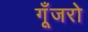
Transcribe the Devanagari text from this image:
गूँजरो